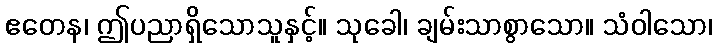
ဧတေန၊ ဤပညာရှိသောသူနှင့်။ သုခေါ၊ ချမ်းသာစွာသော။ သံဝါသော၊